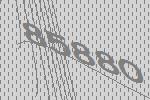
85880